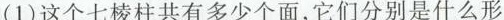
(1)这个七棱柱共有多少个面，它们分别是什么形